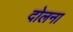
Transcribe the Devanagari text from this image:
दोलना